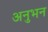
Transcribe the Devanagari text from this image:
अनुभन